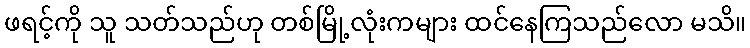
ဖရင့်ကို သူ သတ်သည်ဟု တစ်မြို့လုံးကများ ထင်နေကြသည်လော မသိ။